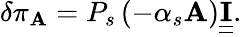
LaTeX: \delta\pi_{\mathbf{A}}=P_{s}\left(-\alpha_{s}\mathbf{A}\right)\underline{{{\underline{{{\mathbf{{I}}}}}}}}.